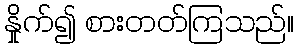
နှိုက်၍ စားတတ်ကြသည်။